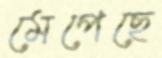
মেপেছে